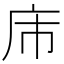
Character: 𪪌